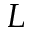
L